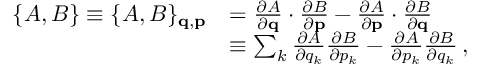
{ \begin{array} { r l } { \{ A , B \} \equiv \{ A , B \} _ { \mathbf { q } , \mathbf { p } } } & { = { \frac { \partial A } { \partial \mathbf { q } } } \cdot { \frac { \partial B } { \partial \mathbf { p } } } - { \frac { \partial A } { \partial \mathbf { p } } } \cdot { \frac { \partial B } { \partial \mathbf { q } } } } \\ & { \equiv \sum _ { k } { \frac { \partial A } { \partial q _ { k } } } { \frac { \partial B } { \partial p _ { k } } } - { \frac { \partial A } { \partial p _ { k } } } { \frac { \partial B } { \partial q _ { k } } } \, , } \end{array} }